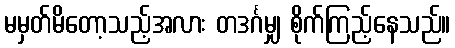
မမှတ်မိတော့သည့်အလား တဒင်္ဂမျှ စိုက်ကြည့်နေသည်။